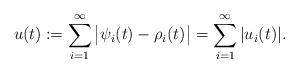
LaTeX: \begin{align*}u(t):=\sum_{i=1}^{\infty} \big|\psi_i(t)-\rho_i(t)\big|=\sum_{i=1}^{\infty}|u_i(t)|.\end{align*}